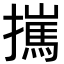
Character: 𢶮